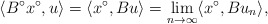
\begin{align*} \langle B^{\circ}x^{\circ}, u\rangle=\langle x^{\circ}, Bu\rangle=\lim_{n\to\infty}\langle x^{\circ}, Bu_{n}\rangle,\end{align*}